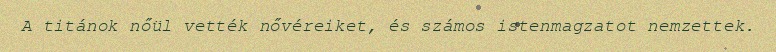
A titánok nőül vették nővéreiket, és számos istenmagzatot nemzettek.